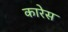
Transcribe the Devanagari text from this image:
कारेस